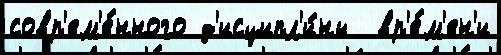
совр'ем'е́нного д'исципл'и́ны  вр'е́м'ен'и